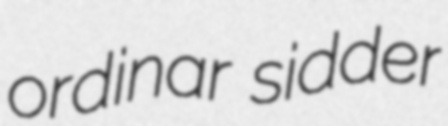
ordinar sidder